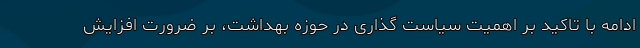
ادامه با تاکید بر اهمیت سیاست گذاری در حوزه بهداشت، بر ضرورت افزایش